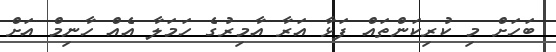
ބަހަށް މި ކުރިކަންތައް ފަޅާ އަރާ އާމިރުގެ ހަމަލާ އެއް ހާނިމް އަށް